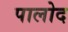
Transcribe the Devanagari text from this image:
पालोद